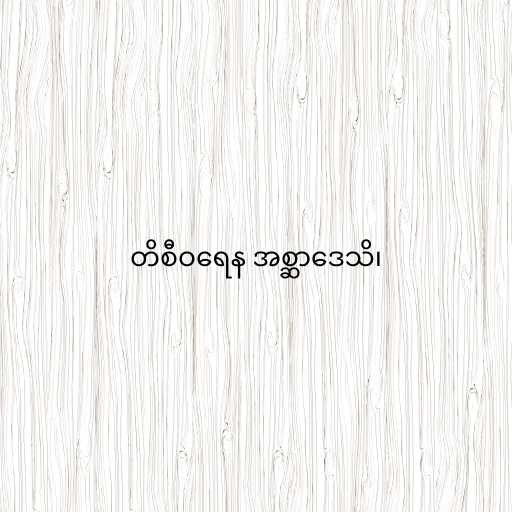
တိစီဝရေန အစ္ဆာဒေသိ၊